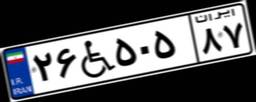
۲۶W۵۰۵۸۷